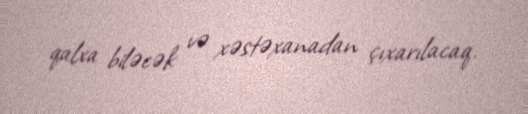
qalxa biləcək və xəstəxanadan çıxarılacaq.